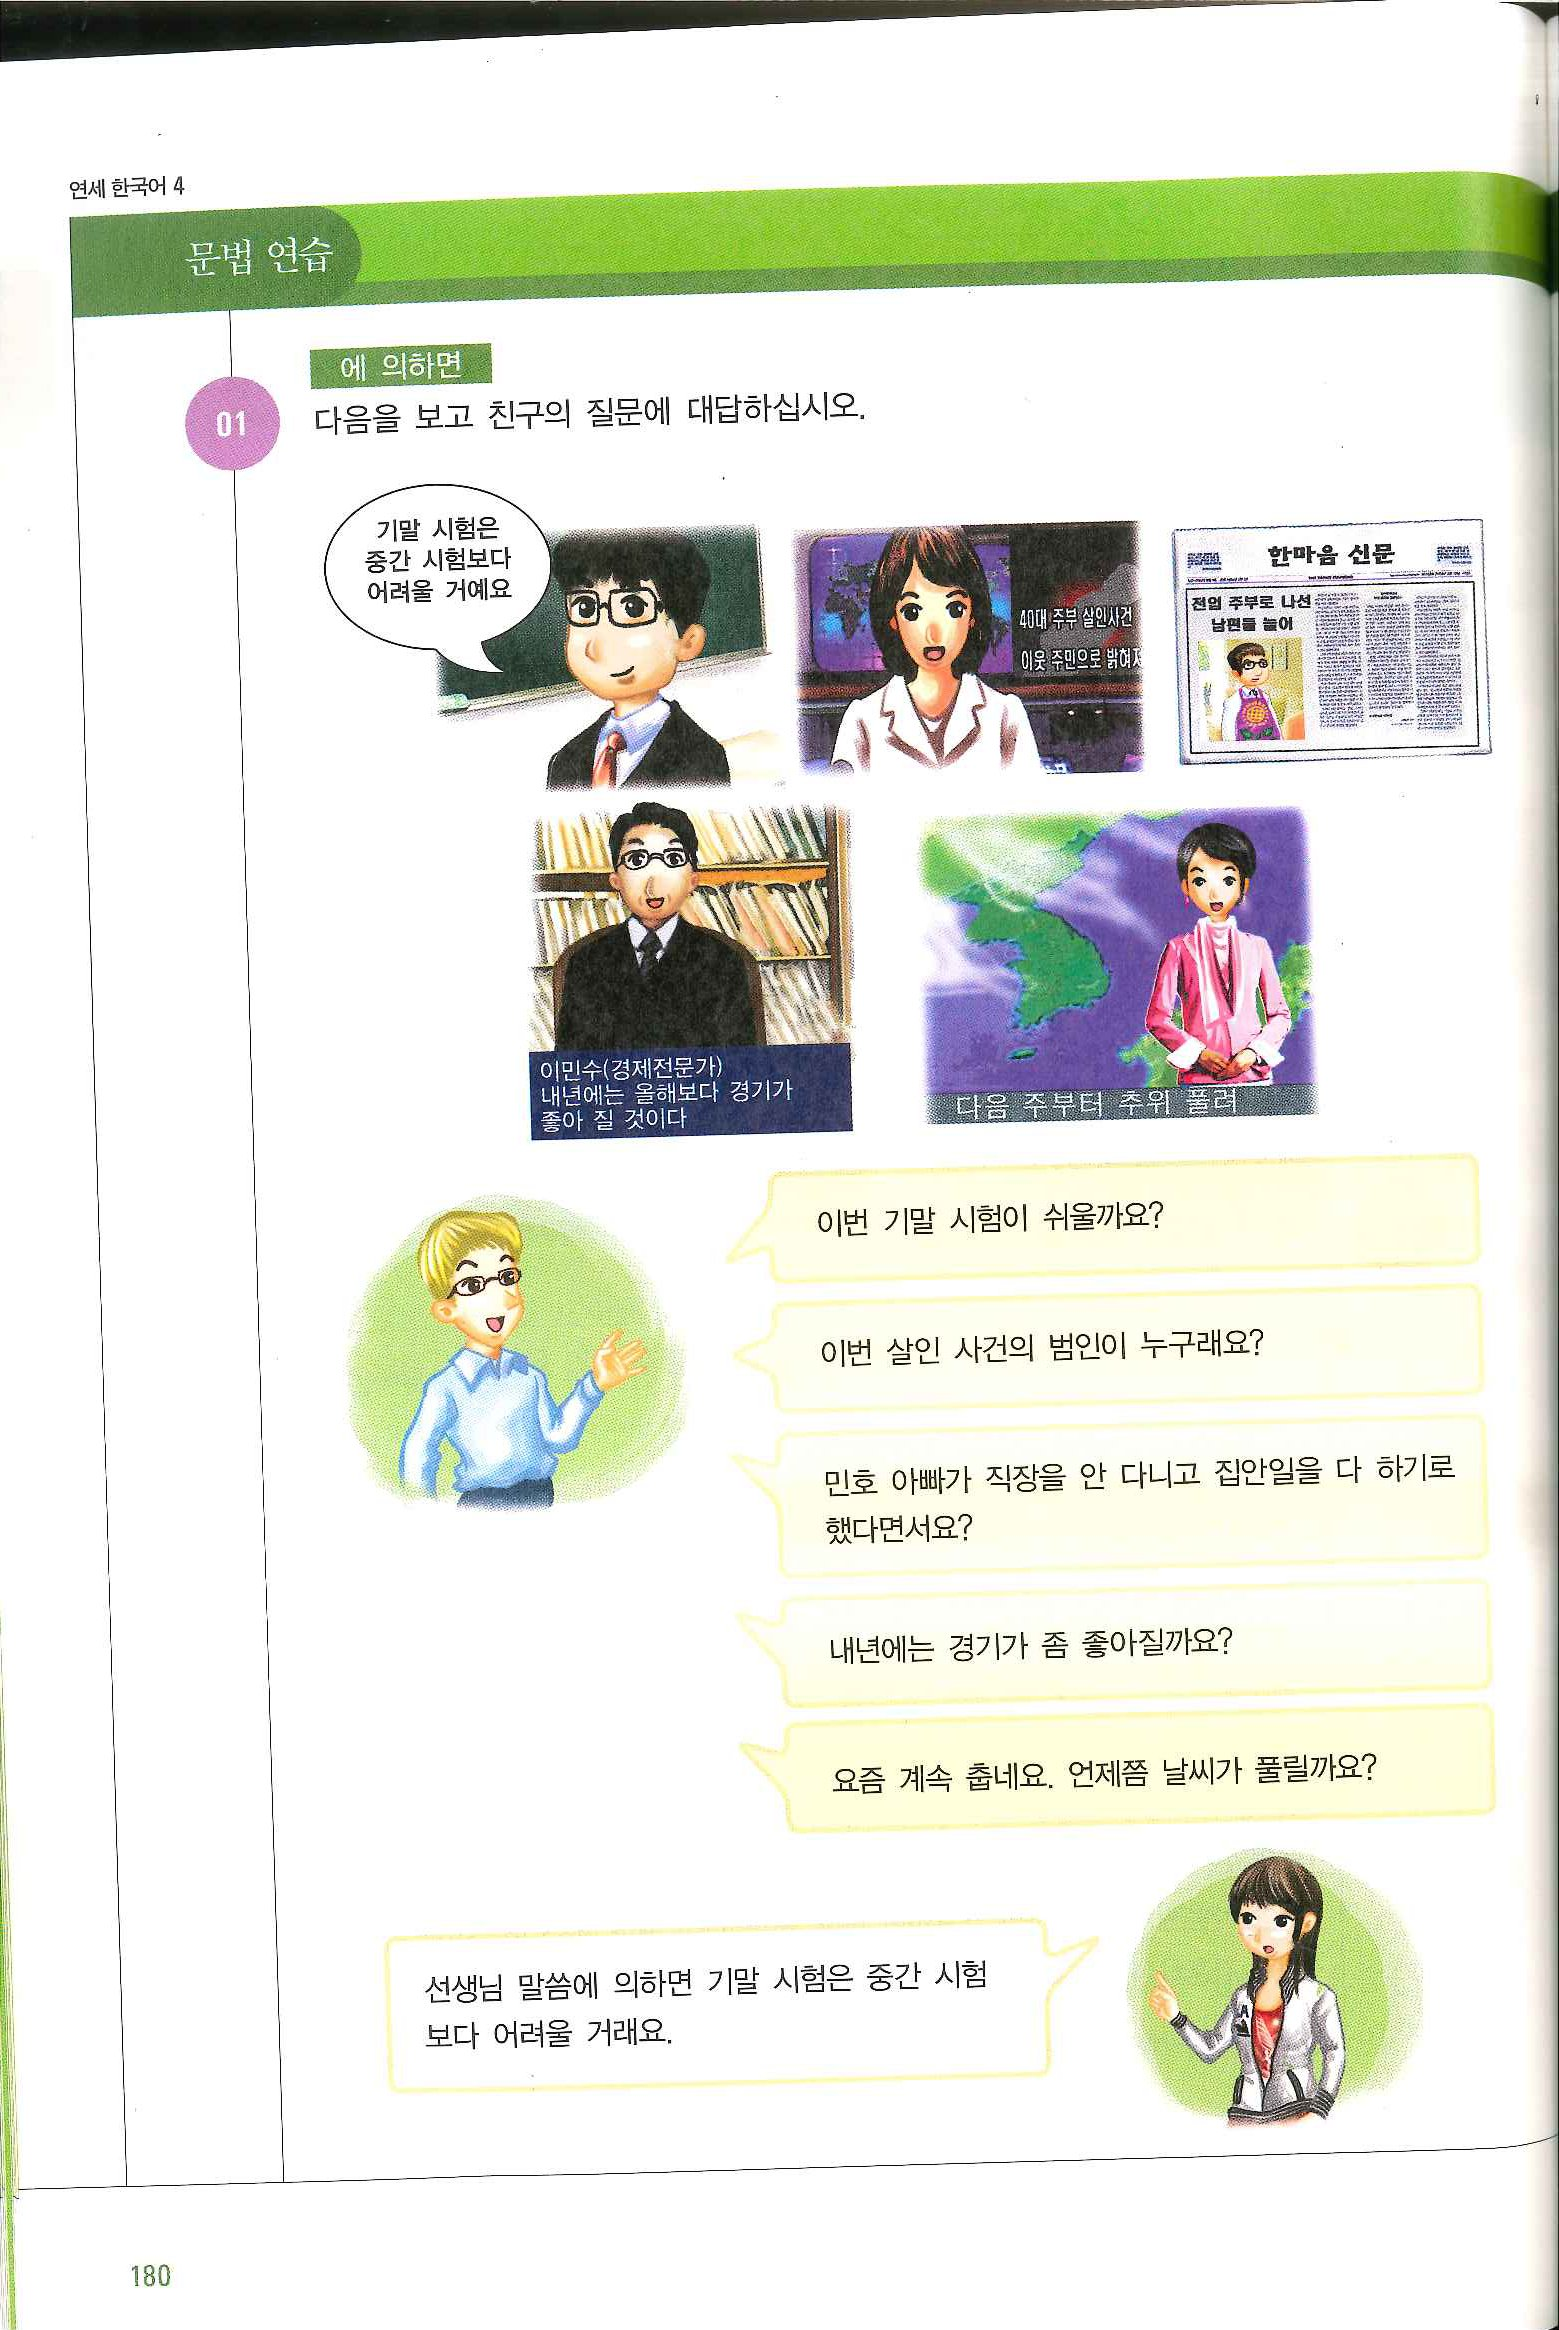
Language: ko